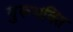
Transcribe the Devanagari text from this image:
गुरूभक्ति